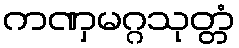
ကဏှမဂ္ဂသုတ္တံ